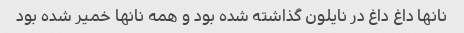
نانها داغ داغ در نایلون گذاشته شده بود و همه نانها خمیر شده بود